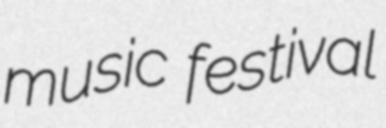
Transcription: music festival